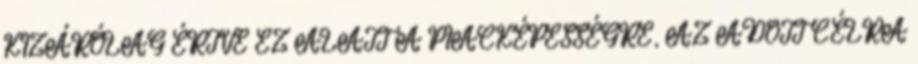
KIZÁRÓLAG ÉRTVE EZ ALATT A PIACKÉPESSÉGRE, AZ ADOTT CÉLRA